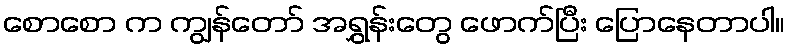
စောစော က ကျွန်တော် အရွှန်းတွေ ဖောက်ပြီး ပြောနေတာပါ။